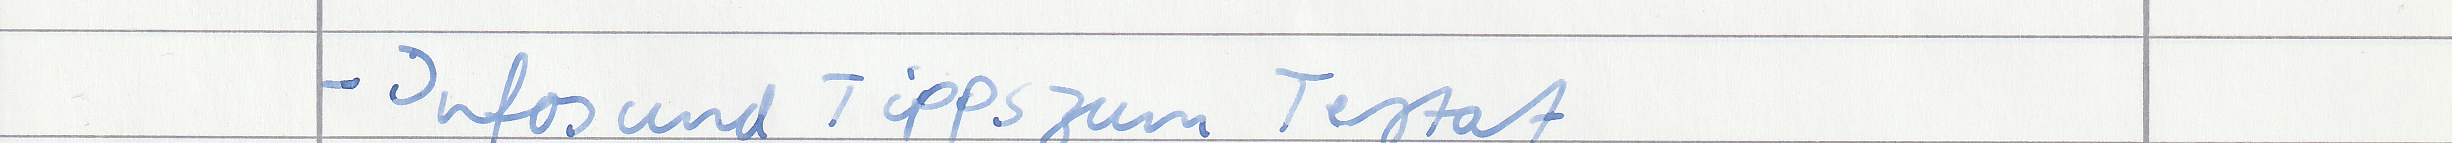
- Infos und Tipps zum Testat